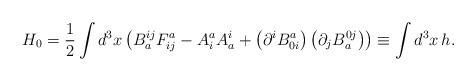
LaTeX: \begin{align*}H_{0}=\frac{1}{2}\int d^{3}x\left(B_{a}^{ij}F_{ij}^{a}-A_{i}^{a}A_{a}^{i}+\left( \partial^{i}B_{0i}^{a}\right) \left( \partial _{j}B_{a}^{0j}\right) \right) \equiv\int d^{3}x\,h. \end{align*}